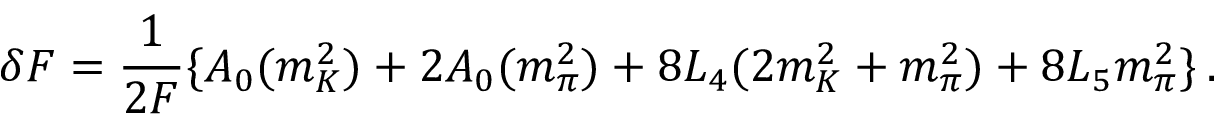
\delta F = \frac { 1 } { 2 F } \{ A _ { 0 } ( m _ { K } ^ { 2 } ) + 2 A _ { 0 } ( m _ { \pi } ^ { 2 } ) + 8 L _ { 4 } ( 2 m _ { K } ^ { 2 } + m _ { \pi } ^ { 2 } ) + 8 L _ { 5 } m _ { \pi } ^ { 2 } \} \: .